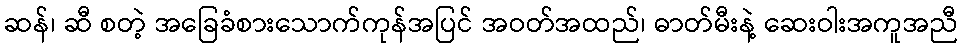
ဆန်၊ ဆီ စတဲ့ အခြေခံစားသောက်ကုန်အပြင် အဝတ်အထည်၊ ဓာတ်မီးနဲ့ ဆေးဝါးအကူအညီ